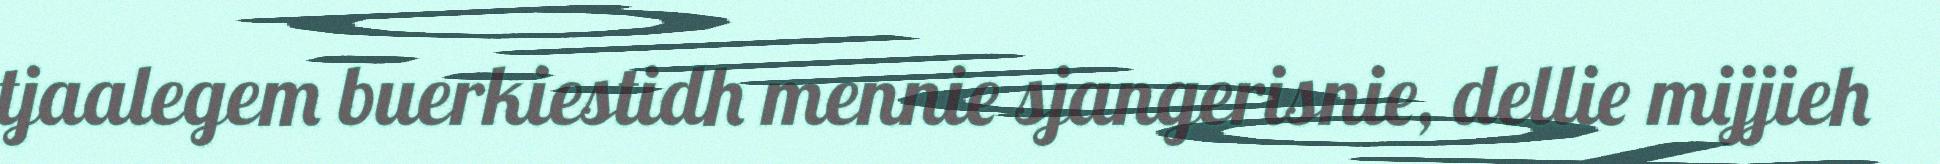
tjaalegem buerkiestidh mennie sjangerisnie, dellie mijjieh